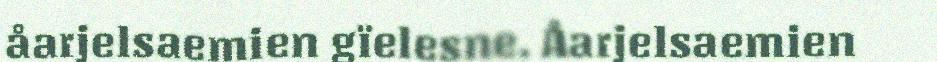
åarjelsaemien gïelesne. Åarjelsaemien